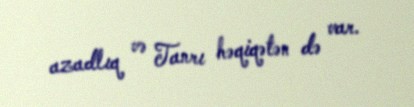
azadlıq və Tanrı həqiqətən də var.